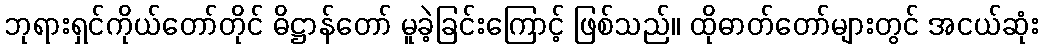
ဘုရားရှင်ကိုယ်တော်တိုင် ဓိဋ္ဌာန်တော် မူခဲ့ခြင်းကြောင့် ဖြစ်သည်။ ထိုဓာတ်တော်များတွင် အငယ်ဆုံး